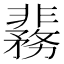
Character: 𬰞